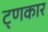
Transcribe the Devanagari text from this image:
ट्णकार